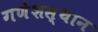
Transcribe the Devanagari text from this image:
गणेशस्थान